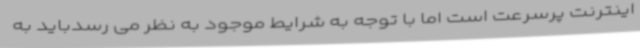
اینترنت پرسرعت است اما با توجه به شرایط موجود به نظر می رسدباید به